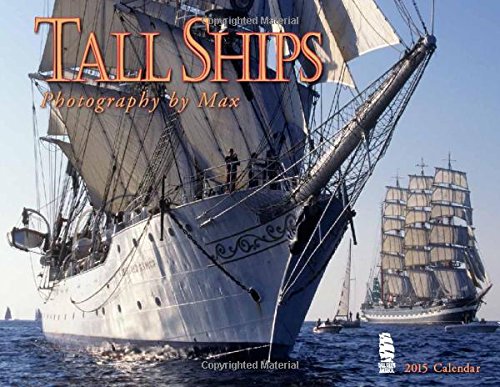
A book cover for Tall Ships 2015 Calendar; Max; Calendars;